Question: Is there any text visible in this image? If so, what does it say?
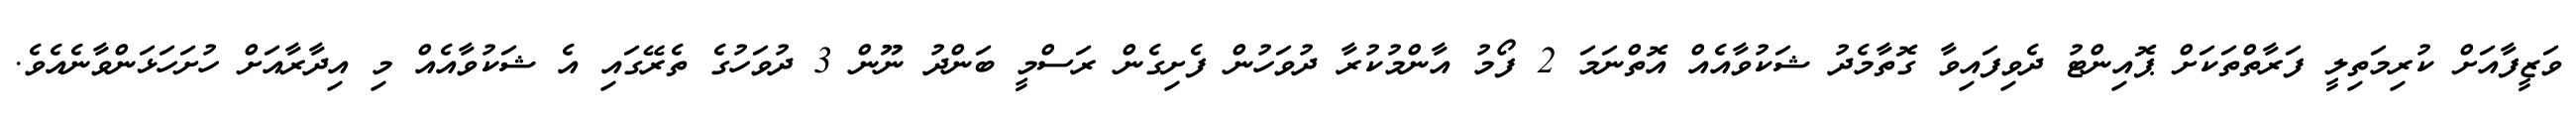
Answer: ވަޒީފާއަށް ކުރިމަތިލީ ފަރާތްތަކަށް ޕޮއިންޓު ދެވިފައިވާ ގޮތާމެދު ޝަކުވާއެއް އޮތްނަމަ 2 ފޯމު އާންމުކުރާ ދުވަހުން ފެށިގެން ރަސްމީ ބަންދު ނޫން 3 ދުވަހުގެ ތެރޭގައި އެ ޝަކުވާއެއް މި އިދާރާއަށް ހުށަހަޅަންވާނެއެވެ.